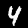
Digit: 4